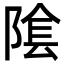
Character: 隂